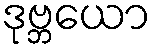
ဒုဗ္ဘယော